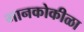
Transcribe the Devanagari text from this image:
गानकोकीळा